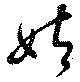
姑